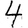
Digit: 4